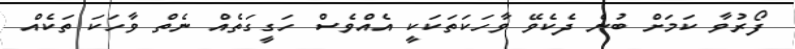
ފޯރުވާ ކަމަށް ބުނެ ދެކެވޭ ވާހަކަތަކަކީ އެއްވެސް ހަގީގަތެއް ނެތް ވާހަކަ ތަކެއް